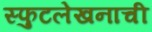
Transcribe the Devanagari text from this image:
स्फुटलेखनाची